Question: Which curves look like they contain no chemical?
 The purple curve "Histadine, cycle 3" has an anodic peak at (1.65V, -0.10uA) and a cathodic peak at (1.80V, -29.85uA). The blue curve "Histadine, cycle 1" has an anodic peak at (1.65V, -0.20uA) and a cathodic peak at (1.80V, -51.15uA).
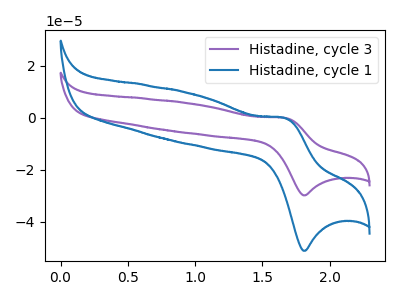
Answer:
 <answer>There are not any CV's on this graph that are likely to be blanks.</answer>
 <eval>none</eval>